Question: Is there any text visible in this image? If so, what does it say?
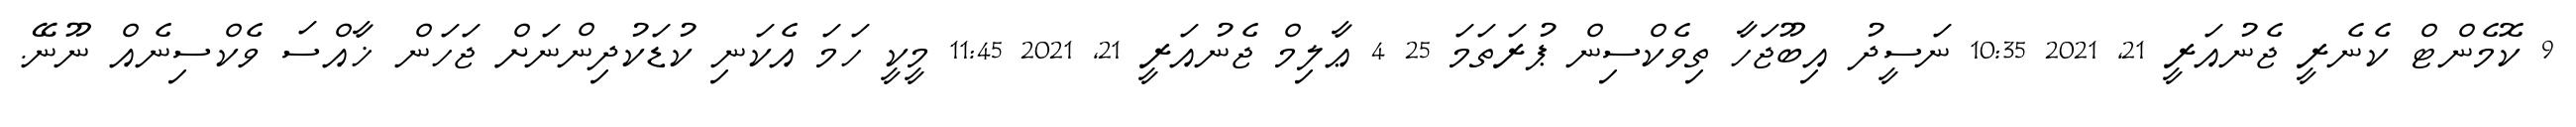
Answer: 9 ކޮމެންޓް ކެނެރީ ޖެނުއަރީ 21, 2021 10:35 ނަސީދު އިބޫޖަހާ ތިވެކްސިން ޕުރަތަމަ 25 4 ޢާލިމް ޖެނުއަރީ 21, 2021 11:45 މީކީ ހަމަ އެކަނި ކުޑަކުދިންނަށް ޖަހަން ޚާއްސަ ވެކްސިނެއް ނޫނޭ.